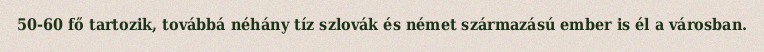
50-60 fő tartozik, továbbá néhány tíz szlovák és német származású ember is él a városban.